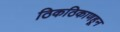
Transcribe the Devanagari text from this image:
ठिकठिकाणहून